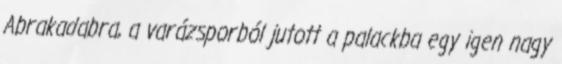
Abrakadabra, a varázsporból jutott a palackba egy igen nagy